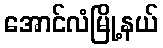
အောင်လံမြို့နယ်